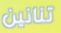
تنانين